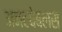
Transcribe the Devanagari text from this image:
अनटचेबलस